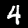
Digit: 4